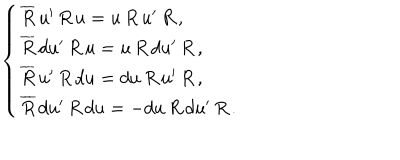
\left\{ \begin{array} { l } { { \overline { { { R } } } \, u ^ { \prime } \, R \, u = u \, R \, u ^ { \prime } \, R \, , } } \\ { { \overline { { { R } } } \, d u ^ { \prime } \, R \, u = u \, R \, d u ^ { \prime } \, R \, , } } \\ { { \overline { { { R } } } \, u ^ { \prime } \, R \, d u = d u \, R \, u ^ { \prime } \, R \, , } } \\ { { \overline { { { R } } } \, d u ^ { \prime } \, R \, d u = - d u \, R \, d u ^ { \prime } \, R \, . } } \\ \end{array} \right.